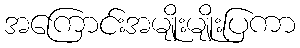
အကြောင်းအမျိုးမျိုးပြကာ